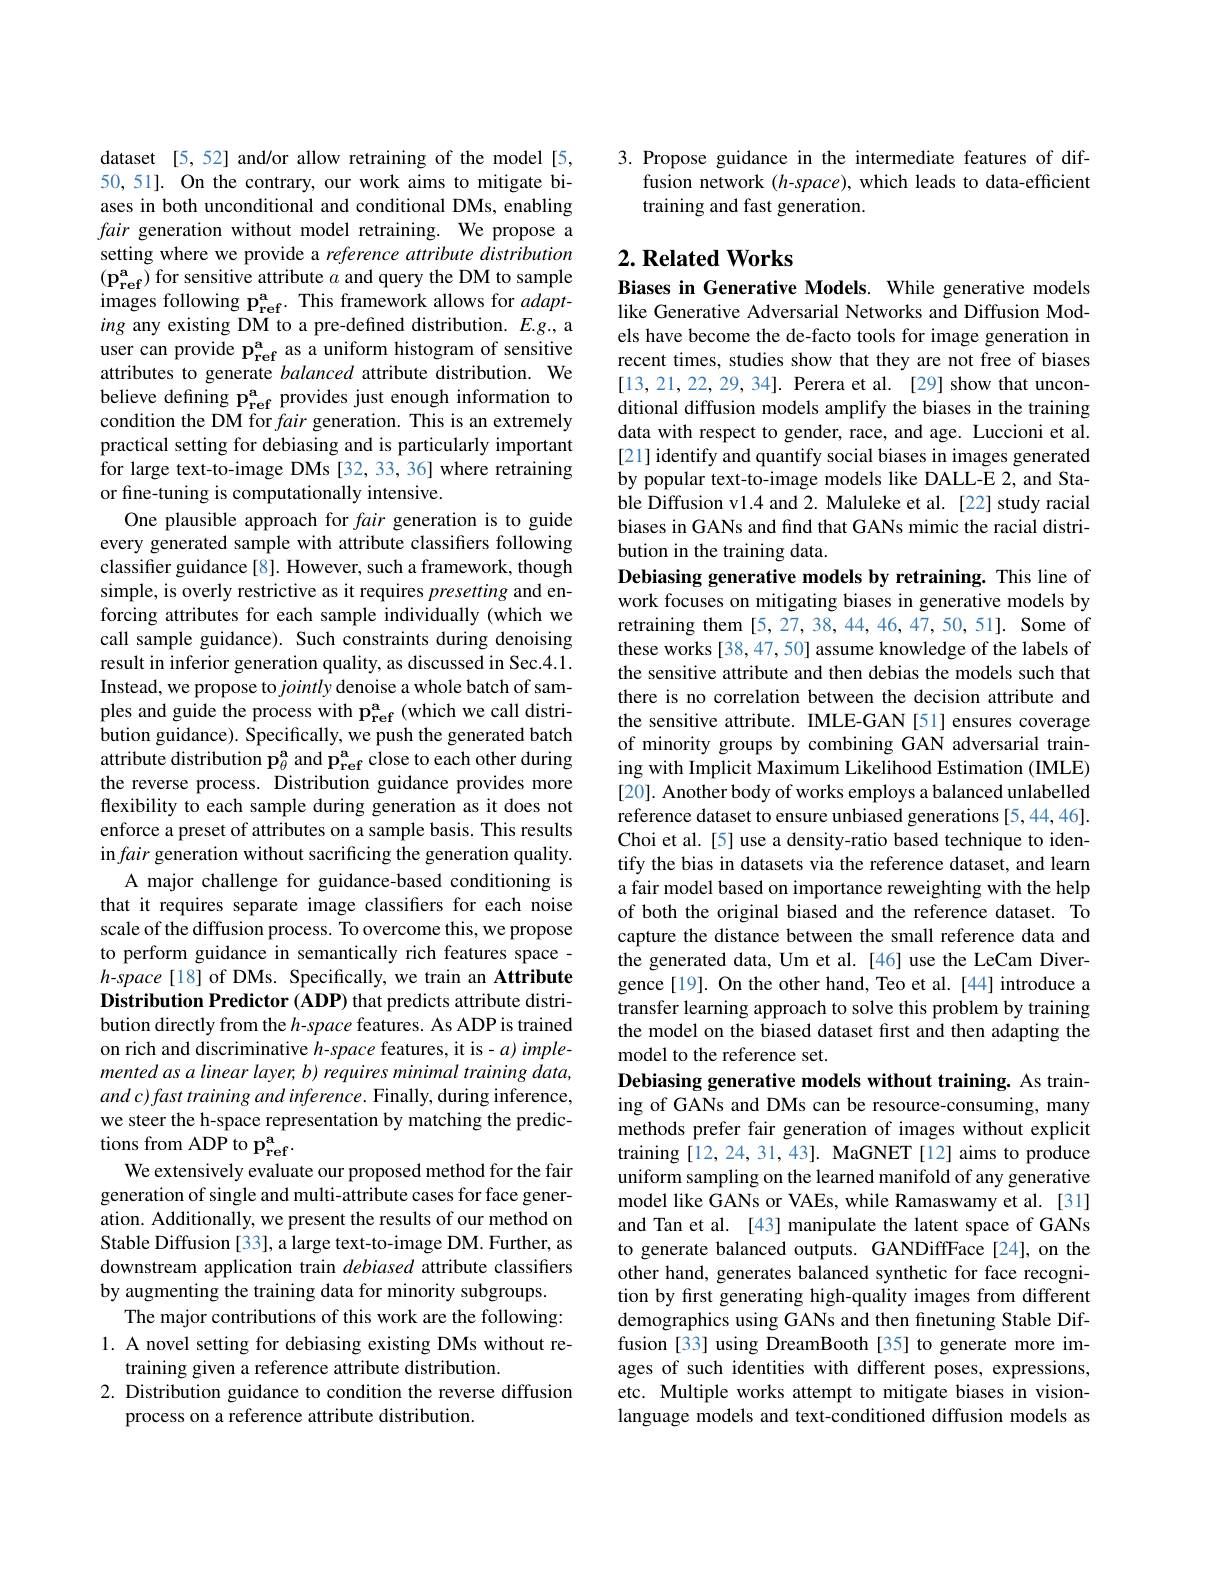
dataset [5,52] and/or allow retraining of the model[5, 50, 51]. On the contrary, our work aims to mitigate biases in both unconditional and conditional DMs, enabling fair generation without model retraining. We propose a setting where we provide a reference attribute distribution $(p_{\mathrm{ref}}^{\mathrm{a}})$ for sensitive attribute $a$ and query the DM to sample images following p$_\mathrm{ref}^{\mathrm{a}}.$ This framework allows for $adapt-$ ing any existing DM to a pre-defined distribution. $E.g.$, a $\begin{array}{l}\mathrm{user~can~provide~p_{ref}^{a}~as~a~uniform~histogram~of~sensitive}\\\mathrm{attributes~to~generate~balanced~attribute~distribution.~We}\end{array}$ believe defining p$_\mathrm{ref}^{\mathrm{a}}$ provides just enough information to condition the DM for fair generation. This is an extremely practical setting for debiasing and is particularly important for large text-to-image DMs [32, 33, 36] where retraining or fine-tuning is computationally intensive.
One plausible approach for fair generation is to guide every generated sample with attribute classifers following classifier guidance[8]. However, such a framework, though simple, is overly restrictive as it requires presetting and enforcing attributes for each sample individually (which we call sample guidance). Such constraints during denoising result in inferior generation quality, as discussed in Sec.4.1. Instead, we propose to jointly denoise a whole batch of samples and guide the process with p$_\mathrm{ref}^\mathrm{a}$ (which we call distribution guidance). Specifically, we push the generated batch attribute distribution $\mathbf{p}_\theta^\mathrm{a}$ and p$_\mathrm{ref}^\mathrm{a}$ close to each other during the reverse process. Distribution guidance provides more flexibility to each sample during generation as it does not enforce a preset of attributes on a sample basis. This results in fair generation without sacrificing the generation quality.
A major challenge for guidance-based conditioning is that it requires separate image classifiers for each noise scale of the diffusion process. To overcome this, we propose to perform guidance in semantically rich features space - $h$-space[18] of DMs. Specifically, we train an Attribute Distribution Predictor (ADP) that predicts attribute distribution directly from the $h$-space features. As ADP is trained on rich and discriminative $h$-space features, it is- $a)$ implemented as a linear layer, b) requires minimal training data, and $c) fast$ training and $inference.$ Finally, during inference, we steer the h-space representation by matching the predictions from ADP to p$_\mathrm{ref}^{\mathrm{a}}.$
We extensively evaluate our proposed method for the fair generation of single and multi-attribute cases for face generation. Additionally, we present the results of our method on Stable Diffusion [33], a large text-to-image DM. Further, as downstream application train debiased attribute classifiers by augmenting the training data for minority subgroups.
The major contributions of this work are the following: 1. A novel setting for debiasing existing DMs without re-
training given a reference attribute distribution.
2. Distribution guidance to condition the reverse diffusion
process on a reference attribute distribution.

3.Propose guidance in the intermediate features of dif-
fusion network(h-space), which leads to data-efficient
training and fast generation.

### $2. \textbf{Related Works}$

Biases in Generative Models. While generative models like Generative Adversarial Networks and Diffusion Models have become the de-facto tools for image generation in recent times, studies show that they are not free of biases [13,21,22,29,34]. Perera et al. [29] show that unconditional diffusion models amplify the biases in the training data with respect to gender, race, and age. Luccioni et al. [21] identify and quantify social biases in images generated by popular text-to-image models like DALL-E 2, and Stable Diffusion v1.4 and 2. Maluleke et al. [22] study racial biases in GANs and find that GANs mimic the racial distribution in the training data.
Debiasing generative models by retraining. This line of work focuses on mitigating biases in generative models by retraining them [5,27,38,44,46,47,50,51]. Some of these works [38,47,50] assume knowledge of the labels of the sensitive attribute and then debias the models such that there is no correlation between the decision attribute and the sensitive attribute. IMLE-GAN [51] ensures coverage of minority groups by combining GAN adversarial training with Implicit Maximum Likelihood Estimation (IMLE) [20]. Another body of works employs a balanced unlabelled reference dataset to ensure unbiased generations [5,44,46] Choi et al. [5] use a density-ratio based technique to identify the bias in datasets via the reference dataset, and learn a fair model based on importance reweighting with the help of both the original biased and the reference dataset. To capture the distance between the small reference data and the generated data, Um et al. [46] use the LeCam Divergence[19]. On the other hand, Teo et al. [44] introduce a transfer learning approach to solve this problem by training the model on the biased dataset first and then adapting the model to the reference set.
Debiasing generative models without training. As training of GANs and DMs can be resource-consuming, many methods prefer fair generation of images without explicit training [12,24,31,43]. MaGNET [12] aims to produce uniform sampling on the learned manifold of any generative model like GANs or VAEs, while Ramaswamy et al. [31] and Tan et al. [43] manipulate the latent space of GANs to generate balanced outputs. GANDiffFace[24], on the other hand, generates balanced synthetic for face recognition by first generating high-quality images from different demographics using GANs and then finetuning Stable Diffusion [33] using DreamBooth [35] to generate more images of such identities with different poses, expressions, etc. Multiple works attempt to mitigate biases in visionlanguage models and text-conditioned diffusion models as